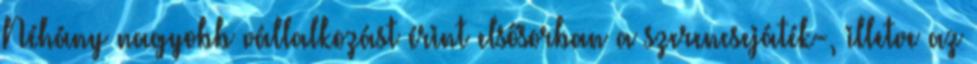
Néhány nagyobb vállalkozást érint elsősorban a szerencsejáték-, illetve az